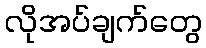
လိုအပ်ချက်တွေ